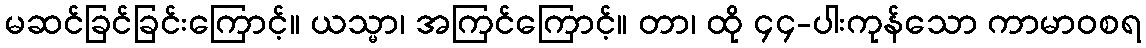
မဆင်ခြင်ခြင်းကြောင့်။ ယသ္မာ၊ အကြင်ကြောင့်။ တာ၊ ထို ၄၄-ပါးကုန်သော ကာမာဝစရ